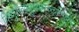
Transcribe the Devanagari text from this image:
विष्णुरित्याहुर्व्यापकत्वान्महेश्वरः॥